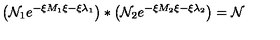
\left( \mathcal { N } _ { 1 } e ^ { - \xi M _ { 1 } \xi - \xi \lambda _ { 1 } } \right) * \left( \mathcal { N } _ { 2 } e ^ { - \xi M _ { 2 } \xi - \xi \lambda _ { 2 } } \right) = \mathcal { N }